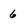
Character: 6